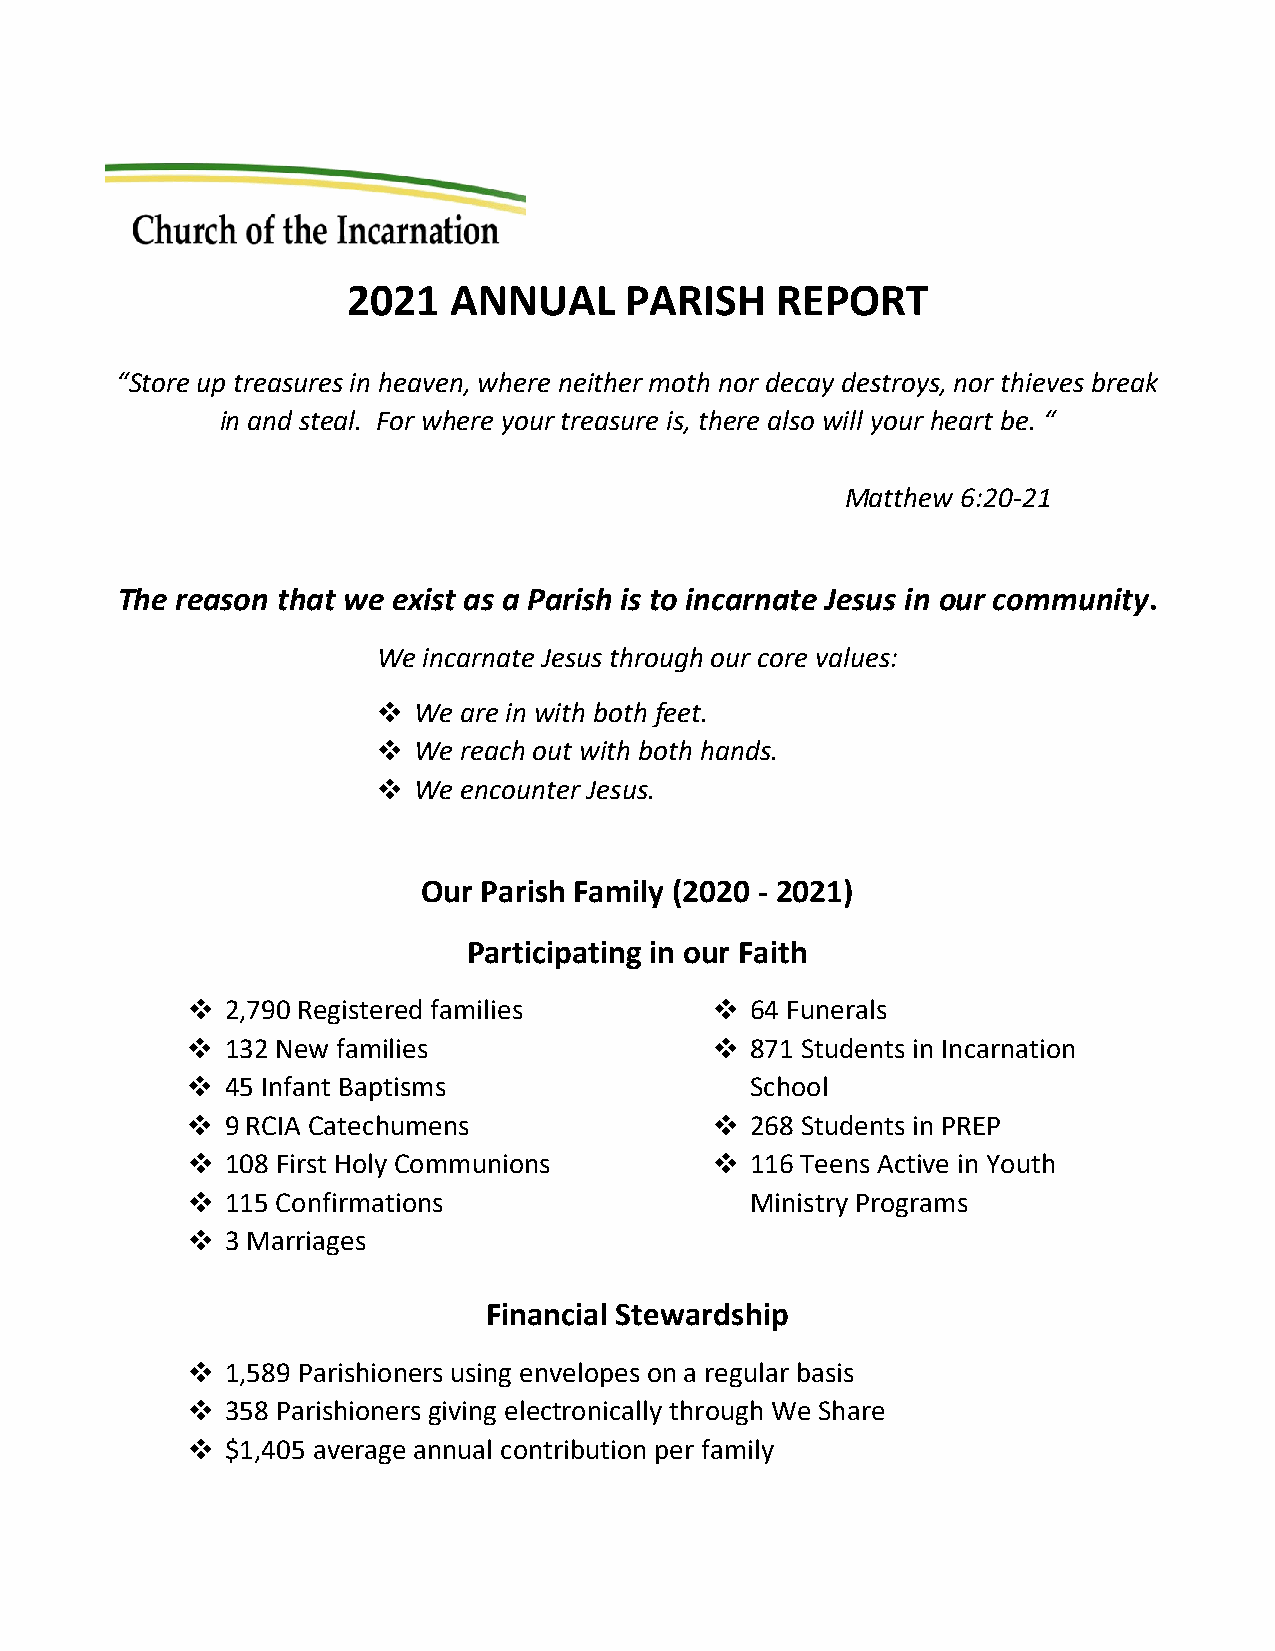
2021   ANNUAL     PARISH    REPORT
 “Store up treasures in heaven, where neither moth nor decay destroys, nor thieves break
 in and steal. For where your treasure is, there also will your heart be. “
 Matthew 6:20-21
 The reason that we exist as a Parish is to incarnate Jesus in our community.
 We incarnate Jesus through our core values:
  We  are in with both feet.
  We  reach out with both hands.
  We  encounter Jesus.
 Our Parish Family (2020 - 2021)
 Participating in our Faith
   2,790 Registered families         64 Funerals
   132 New families                  871 Students in Incarnation
   45 Infant Baptisms                 School
   9 RCIA Catechumens                268 Students in PREP
   108 First Holy Communions         116 Teens Active in Youth
   115 Confirmations                  Ministry Programs
   3 Marriages
 Financial Stewardship
   1,589 Parishioners using envelopes on a regular basis
   358 Parishioners giving electronically through We Share
   $1,405 average annual contribution per family